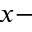
x -